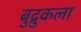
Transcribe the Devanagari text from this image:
बुद्रुकला